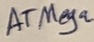
Text: ATMega